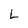
Character: L